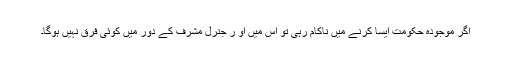
اگر موجودہ حکومت ایسا کرنے میں ناکام رہی تو اس میں او ر جنرل مشرف کے دور میں کوئی فرق نہیں ہوگا۔